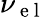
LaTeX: \nu_{\mathrm{~e~l~}}